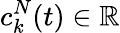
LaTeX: c_{k}^{N}(t)\in\mathbb{R}